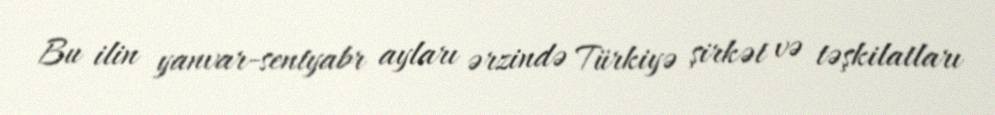
Bu ilin yanvar-sentyabr ayları ərzində Türkiyə şirkət və təşkilatları